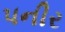
પનીર